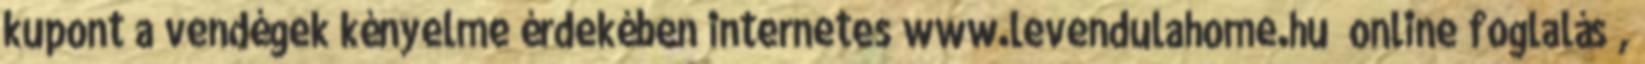
kupont a vendégek kényelme érdekében internetes www.levendulahome.hu online foglalás ,